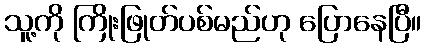
သူ့ကို ကြိုးဖြုတ်ပစ်မည်ဟု ပြောနေပြီ။